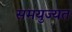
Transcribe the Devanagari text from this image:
समयुज्यत